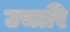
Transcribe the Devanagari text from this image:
उचारि